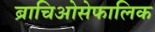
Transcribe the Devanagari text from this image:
ब्राचिओसेफालिक